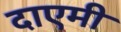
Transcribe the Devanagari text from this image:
दाएमी